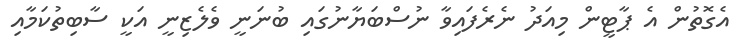
އެގޮތުން އެ ޕާޓީން މިއަދު ނެރެފައިވާ ނުސްބަޔާނުގައި ބުނަނީ ވެލެޒިނީ އަކީ ސާބިތުކަމާއި